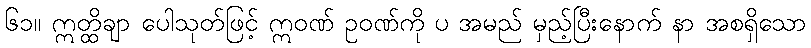
၆၁။ ဣတ္ထိချာ ပေါသုတ်ဖြင့် ဣဝဏ် ဥဝဏ်ကို ပ အမည် မှည့်ပြီးနောက် နာ အစရှိသော